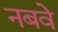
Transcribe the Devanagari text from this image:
नबवे